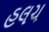
હલચ